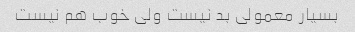
بسیار معمولی بد نیست ولی خوب هم نیست